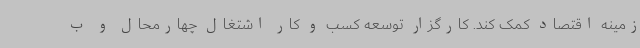
زمینه اقتصاد کمک کند. کارگزار توسعه کسب و کار اشتغال چهارمحال و ب